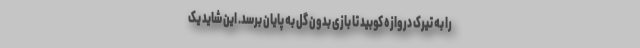
را به تیرک دروازه کوبید تا بازی بدون گل به پایان برسد. این شاید یک